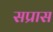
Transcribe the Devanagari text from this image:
सप्रास